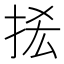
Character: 𢫿